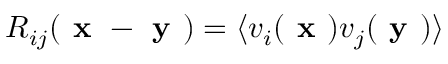
R _ { i j } ( { \textbf { x } - \textbf { y } } ) = \langle v _ { i } ( \mathrm { { \textbf { x } } } ) v _ { j } ( \mathrm { { \textbf { y } } } ) \rangle